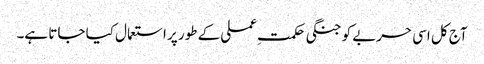
آج کل اسی حربے کو جنگی حکمتِ عملی کے طور پر استعمال کیا جاتا ہے۔